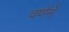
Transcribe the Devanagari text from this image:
वर्णनें